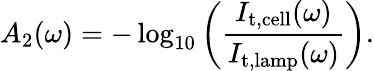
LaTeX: A_{2}(\omega)=-\log_{10}\left(\frac{I_{\mathrm{t,cell}}(\omega)}{I_{\mathrm{t,lamp}}(\omega)}\right).